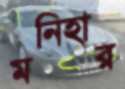
মনিহার